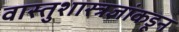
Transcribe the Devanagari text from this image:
वास्तुशास्त्रज्ञांकडून